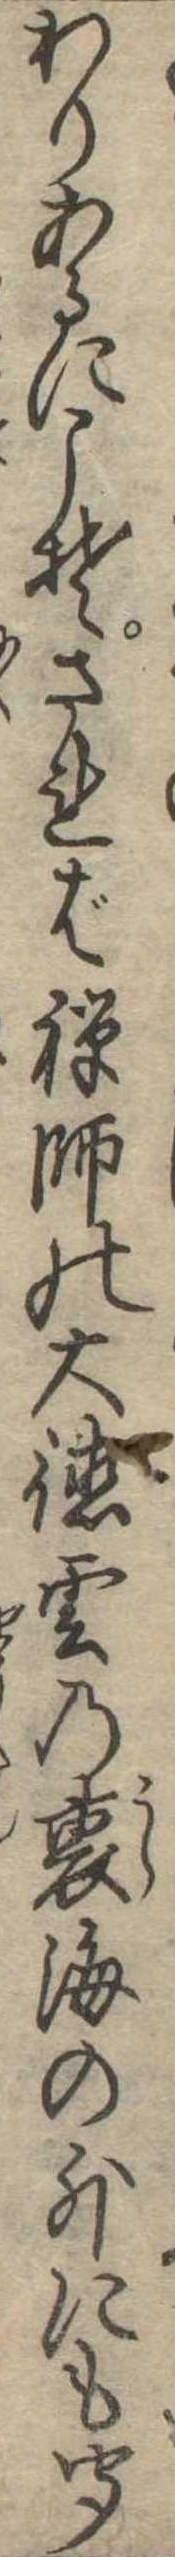
わりあるにこそされば禅師の大徳雲の裏海の外にも聞